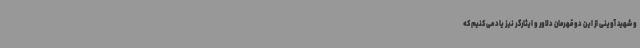
و شهید آوینی از این دو قهرمان دلاور و ایثارگر نیز یاد می کنیم که